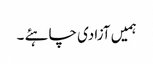
ہمیں آزادی چاہئے ۔